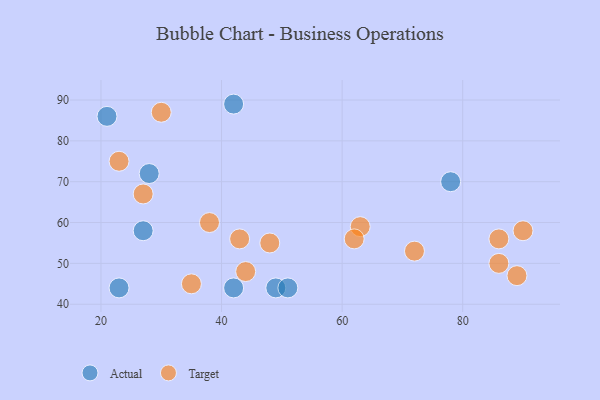
{"axis": {"x": "GDP", "y": "Life Expectancy"}, "legend": ["Actual", "Target"], "data": [{"x": "42", "y": 89, "type": "Actual"}, {"x": "21", "y": 86, "type": "Actual"}, {"x": "78", "y": 70, "type": "Actual"}, {"x": "28", "y": 72, "type": "Actual"}, {"x": "42", "y": 44, "type": "Actual"}, {"x": "23", "y": 44, "type": "Actual"}, {"x": "49", "y": 44, "type": "Actual"}, {"x": "51", "y": 44, "type": "Actual"}, {"x": "27", "y": 58, "type": "Actual"}, {"x": "63", "y": 59, "type": "Target"}, {"x": "23", "y": 75, "type": "Target"}, {"x": "90", "y": 58, "type": "Target"}, {"x": "35", "y": 45, "type": "Target"}, {"x": "48", "y": 55, "type": "Target"}, {"x": "86", "y": 50, "type": "Target"}, {"x": "86", "y": 56, "type": "Target"}, {"x": "44", "y": 48, "type": "Target"}, {"x": "30", "y": 87, "type": "Target"}, {"x": "43", "y": 56, "type": "Target"}, {"x": "62", "y": 56, "type": "Target"}, {"x": "27", "y": 67, "type": "Target"}, {"x": "72", "y": 53, "type": "Target"}, {"x": "89", "y": 47, "type": "Target"}, {"x": "38", "y": 60, "type": "Target"}]}